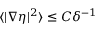
\begin{array} { r } { \langle | \nabla \eta | ^ { 2 } \rangle \leq C \delta ^ { - 1 } } \end{array}